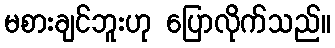
မစားချင်ဘူးဟု ပြောလိုက်သည်။